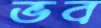
ভব